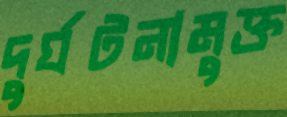
দুর্ঘটনামুক্ত